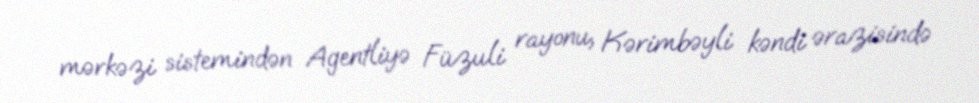
mərkəzi sistemindən Agentliyə Füzuli rayonu, Kərimbəyli kəndi ərazisində